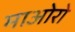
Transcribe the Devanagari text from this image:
माओरो